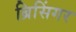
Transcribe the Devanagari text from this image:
ब्रिसिंगर